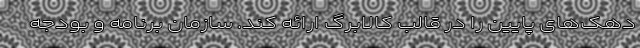
دهک‌های پایین را در قالب کالابرگ ارائه کند. سازمان برنامه و بودجه